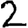
Digit: 2